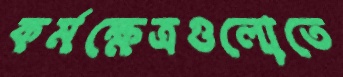
কর্মক্ষেত্রগুলোতে